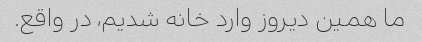
ما همین دیروز وارد خانه شدیم، در واقع.